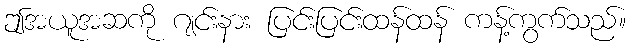
ဤအယူအဆကို ဂျင်းနား ပြင်းပြင်းထန်ထန် ကန့်ကွက်သည်။